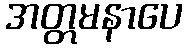
အတ္တမနာပေ